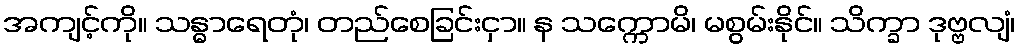
အကျင့်ကို။ သန္ဓာရေတုံ၊ တည်စေခြင်းငှာ။ န သက္ကောမိ၊ မစွမ်းနိုင်။ သိက္ခာ ဒုဗ္ဗလျံ၊